Burma Government Medical School reports 1923-41
Year: 1923
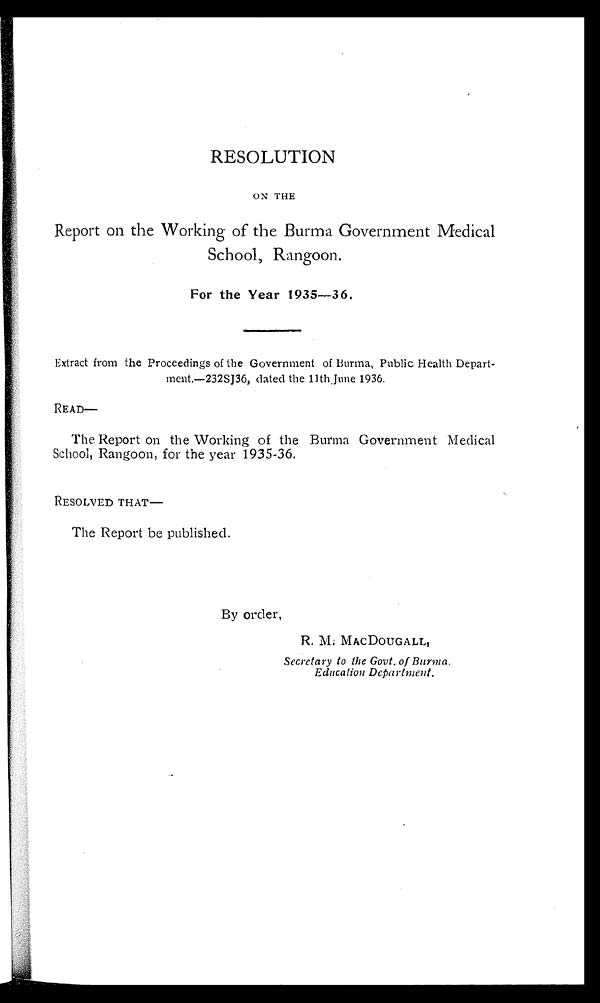
RESOLUTION
ON THE
Report on the Working of the Burma Government Medical
School, Rangoon.
For the Year 1935—36.
Extract from the Proceedings of the Government of Burma, Public Health Depart-
ment.—232SJ36, dated the 11th, June 1936.
READ—
The Report on the Working of the Burma Government Medical
School, Rangoon, for the year 1935-36.
RESOLVED THAT—
The Report be published.
By order,
R. M. MACDOUGALL,
Secretary to the Govt. of Burma,
Education Department.